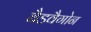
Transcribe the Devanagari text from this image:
बैडवैगोन